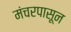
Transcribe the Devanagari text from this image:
मंचरपासून